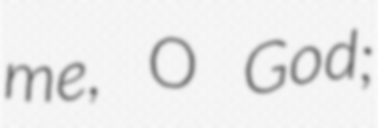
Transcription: me, O God;